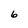
Character: 6